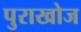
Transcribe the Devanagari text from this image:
पुराखोज